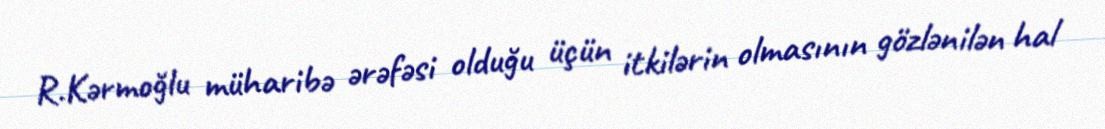
R.Kərmoğlu müharibə ərəfəsi olduğu üçün itkilərin olmasının gözlənilən hal